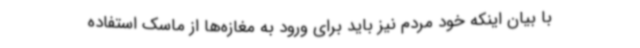
با بیان اینکه خود مردم نیز باید برای ورود به مغازه‌ها از ماسک استفاده